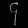
Digit: ၄